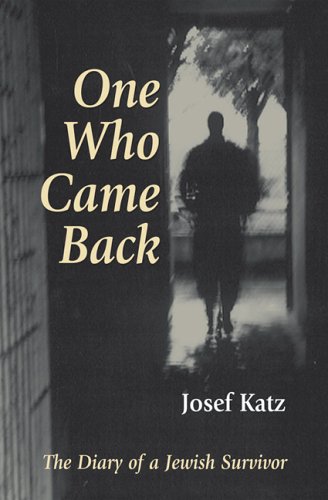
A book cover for One Who Came Back: The Diary of a Jewish Survivor; Josef Katz; Biographies & Memoirs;